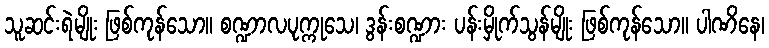
သူဆင်းရဲမျိုး ဖြစ်ကုန်သော။ စဏ္ဍာလပုက္ကုသေ၊ ဒွန်းစဏ္ဍား ပန်းမှိုက်သွန်မျိုး ဖြစ်ကုန်သော။ ပါဏိနေ၊